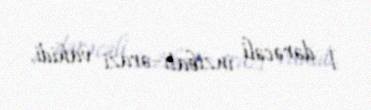
I dərəcəli inzibati–ərazi vahidi.